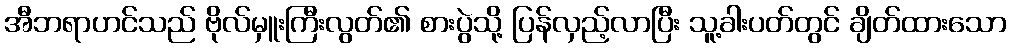
အီဘရာဟင်သည် ဗိုလ်မှူးကြီးလွတ်၏ စားပွဲသို့ ပြန်လှည့်လာပြီး သူ့ခါးပတ်တွင် ချိတ်ထားသော